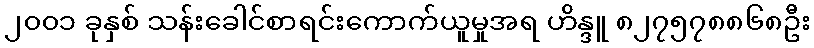
၂၀၀၁ ခုနှစ် သန်းခေါင်စာရင်းကောက်ယူမှုအရ ဟိန္ဒူ ၈၂၇၅၇၈၈၆၈ဦး